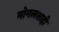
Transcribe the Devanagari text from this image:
मोगलशाही